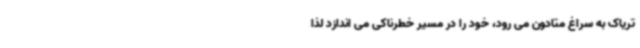
تریاک به سراغ متادون می رود، خود را در مسیر خطرناکی می اندازد لذا